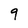
Character: q